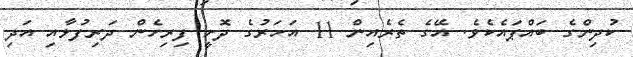
ކުދިންގެ ބައްޕައެކެވެ. އޭގެ ތެރެއިން 11 އަހަރުގެ ދޮށީ ފިރިހެން ދަރިފުޅާއި އަދި